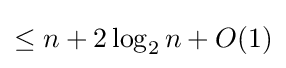
{\textstyle \leq n+2\log _{2}n+O(1)}